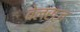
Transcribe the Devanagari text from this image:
वेलराज